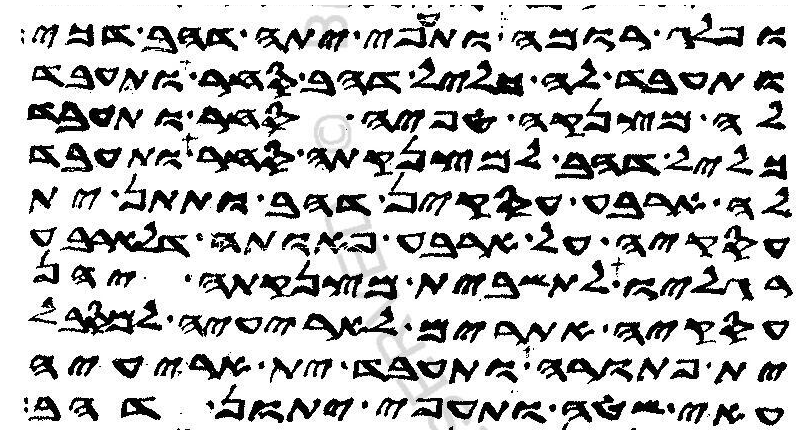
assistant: ופלג רומה ותעפי יתה דהב דכי
ותעבד לה כליל דהב סחר ותעבד
לה מצנקה טפיה סחר ותעבד
כליל דהב למצנקתה סחר ותעבד
לה ארבע עסקין דהב ותתן ית
עסקיה על ארבע פאותה דלארבע
רגליו לתשבית מצנקתה יהן
עסקיה אתרים לאריעיה למסבל
ית פתורה ותעבד ית אריעיה
עאי שטה ותעפי יתון דהב